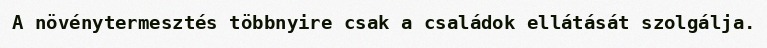
A növénytermesztés többnyire csak a családok ellátását szolgálja.